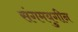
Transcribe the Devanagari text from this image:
संगमयुगीन